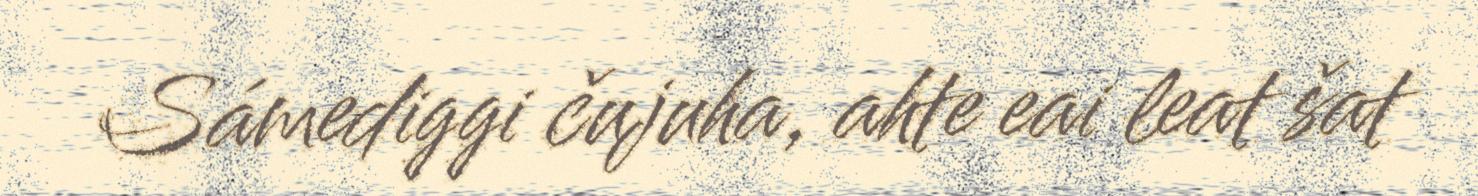
Sámediggi čujuha, ahte eai leat šat